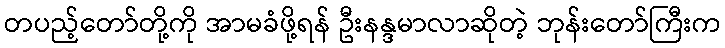
တပည့်တော်တို့ကို အာမခံဖို့ရန် ဦးနန္ဒမာလာဆိုတဲ့ ဘုန်းတော်ကြီးက